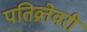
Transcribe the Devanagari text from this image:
पतिव्रतेवरी